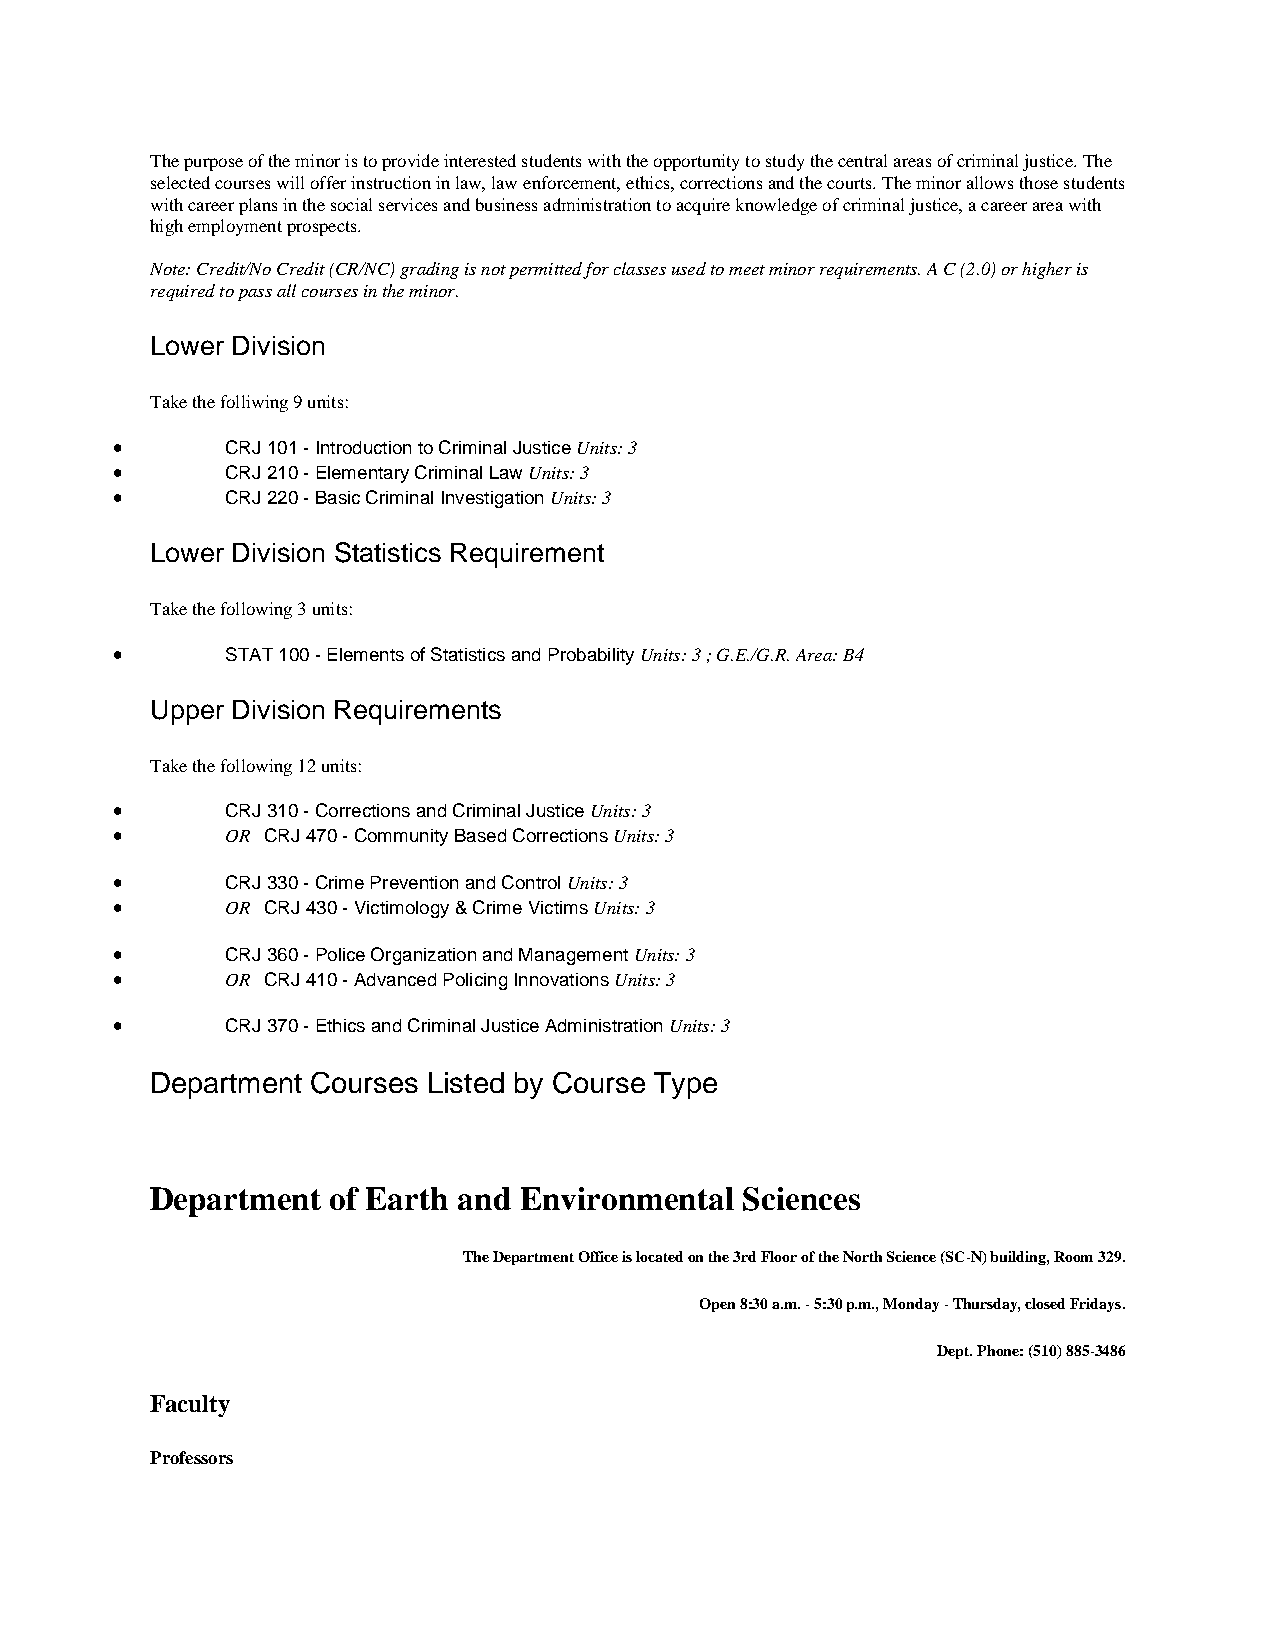
The purpose of the minor is to provide interested students with the opportunity to study the central areas of criminal justice. The
 selected courses will offer instruction in law, law enforcement, ethics, corrections and the courts. The minor allows those students
 with career plans in the social services and business administration to acquire knowledge of criminal justice, a career area with
 high employment prospects.
 Note: Credit/No Credit (CR/NC) grading is not permitted for classes used to meet minor requirements. A C (2.0) or higher is
 required to pass all courses in the minor.
 Lower Division
 Take the folliwing 9 units:
 •       CRJ 101 - Introduction to Criminal Justice Units: 3
 •       CRJ 210 - Elementary Criminal Law Units: 3
 •       CRJ 220 - Basic Criminal Investigation Units: 3
 Lower Division Statistics Requirement
 Take the following 3 units:
 •       STAT 100 - Elements of Statistics and Probability Units: 3 ; G.E./G.R. Area: B4
 Upper Division Requirements
 Take the following 12 units:
 •       CRJ 310 - Corrections and Criminal Justice Units: 3
 •       OR CRJ 470 - Community Based Corrections Units: 3
 •       CRJ 330 - Crime Prevention and Control Units: 3
 •       OR CRJ 430 - Victimology & Crime Victims Units: 3
 •       CRJ 360 - Police Organization and Management Units: 3
 •       OR CRJ 410 - Advanced Policing Innovations Units: 3
 •       CRJ 370 - Ethics and Criminal Justice Administration Units: 3
 Department Courses Listed by Course Type
 Department  of Earth and Environmental Sciences
 The Department Office is located on the 3rd Floor of the North Science (SC-N) building, Room 329.
 Open 8:30 a.m. - 5:30 p.m., Monday - Thursday, closed Fridays.
 Dept. Phone: (510) 885-3486
 Faculty
 Professors